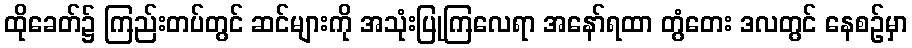
ထိုခေတ်၌ ကြည်းတပ်တွင် ဆင်များကို အသုံးပြုကြလေရာ အနော်ရထာ တွံတေး ဒလတွင် နေစဉ်မှာ